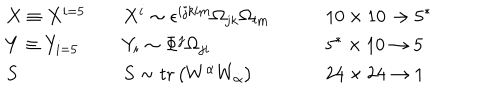
\begin{array} { l l l } { { X \equiv X ^ { i = 5 } \quad } } & { { X ^ { i } \sim \epsilon ^ { i j k l m } \Omega _ { j k } \Omega _ { l m } } } & { { \qquad 1 0 \times 1 0 \rightarrow 5 ^ { * } } } \\ { { Y \equiv Y _ { i = 5 } \quad } } & { { Y _ { i } \sim \Phi ^ { j } \Omega _ { j i } } } & { { \qquad 5 ^ { * } \times 1 0 \rightarrow 5 } } \\ { { S } } & { { S \sim \mathrm { t r } \left( W ^ { \dot { \alpha } } W _ { \dot { \alpha } } \right) } } & { { \qquad 2 4 \times 2 4 \rightarrow 1 } } \\ \end{array}